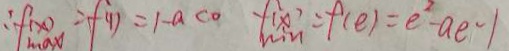
\therefore f _ { \max } ( x ) = f ( 1 ) = 1 - a < 0 f _ { \min } ( x ) = f ( e ) = e ^ { 2 } - a e - 1